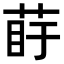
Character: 𦰲